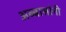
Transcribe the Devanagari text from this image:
अब्बासांनी